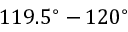
1 1 9 . 5 ^ { \circ } - 1 2 0 ^ { \circ }